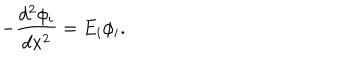
LaTeX: - \frac { d ^ { 2 } \phi _ { i } } { d x ^ { 2 } } = E _ { i } \phi _ { i } .